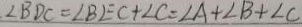
\angle B D C = \angle B E C + \angle C = \angle A + \angle B + \angle C